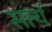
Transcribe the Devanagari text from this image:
सर्त्य